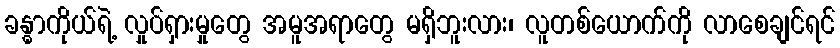
ခန္ဓာကိုယ်ရဲ့ လှုပ်ရှားမှုတွေ အမူအရာတွေ မရှိဘူးလား၊ လူတစ်ယောက်ကို လာစေချင်ရင်